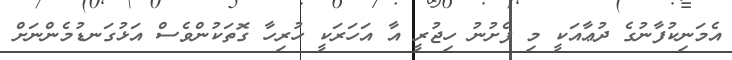
އެމަނިކުފާނުގެ ދުޢާއަކީ މި ފެށުނު ހިޖުރީ އާ އަހަރަކީ ހުރިހާ ގޮތަކުންވެސް އަޅުގަނޑުމެންނަށް